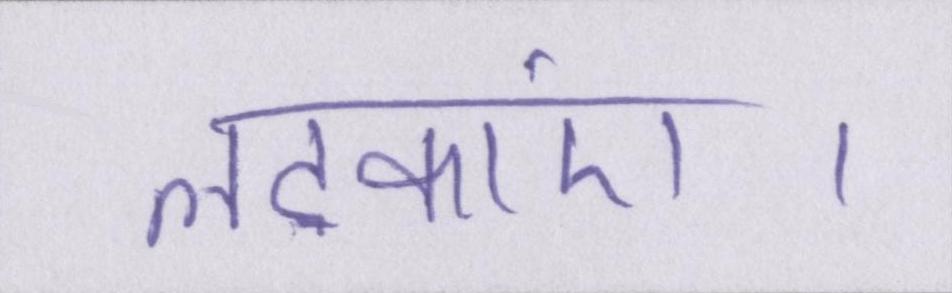
लटकाएं।